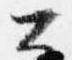
公